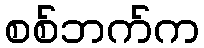
စစ်ဘက်က